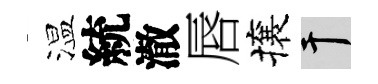
温統澈唇攘干